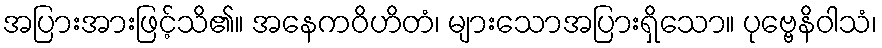
အပြားအားဖြင့်သိ၏။ အနေကဝိဟိတံ၊ များသောအပြားရှိသော။ ပုဗ္ဗေနိဝါသံ၊